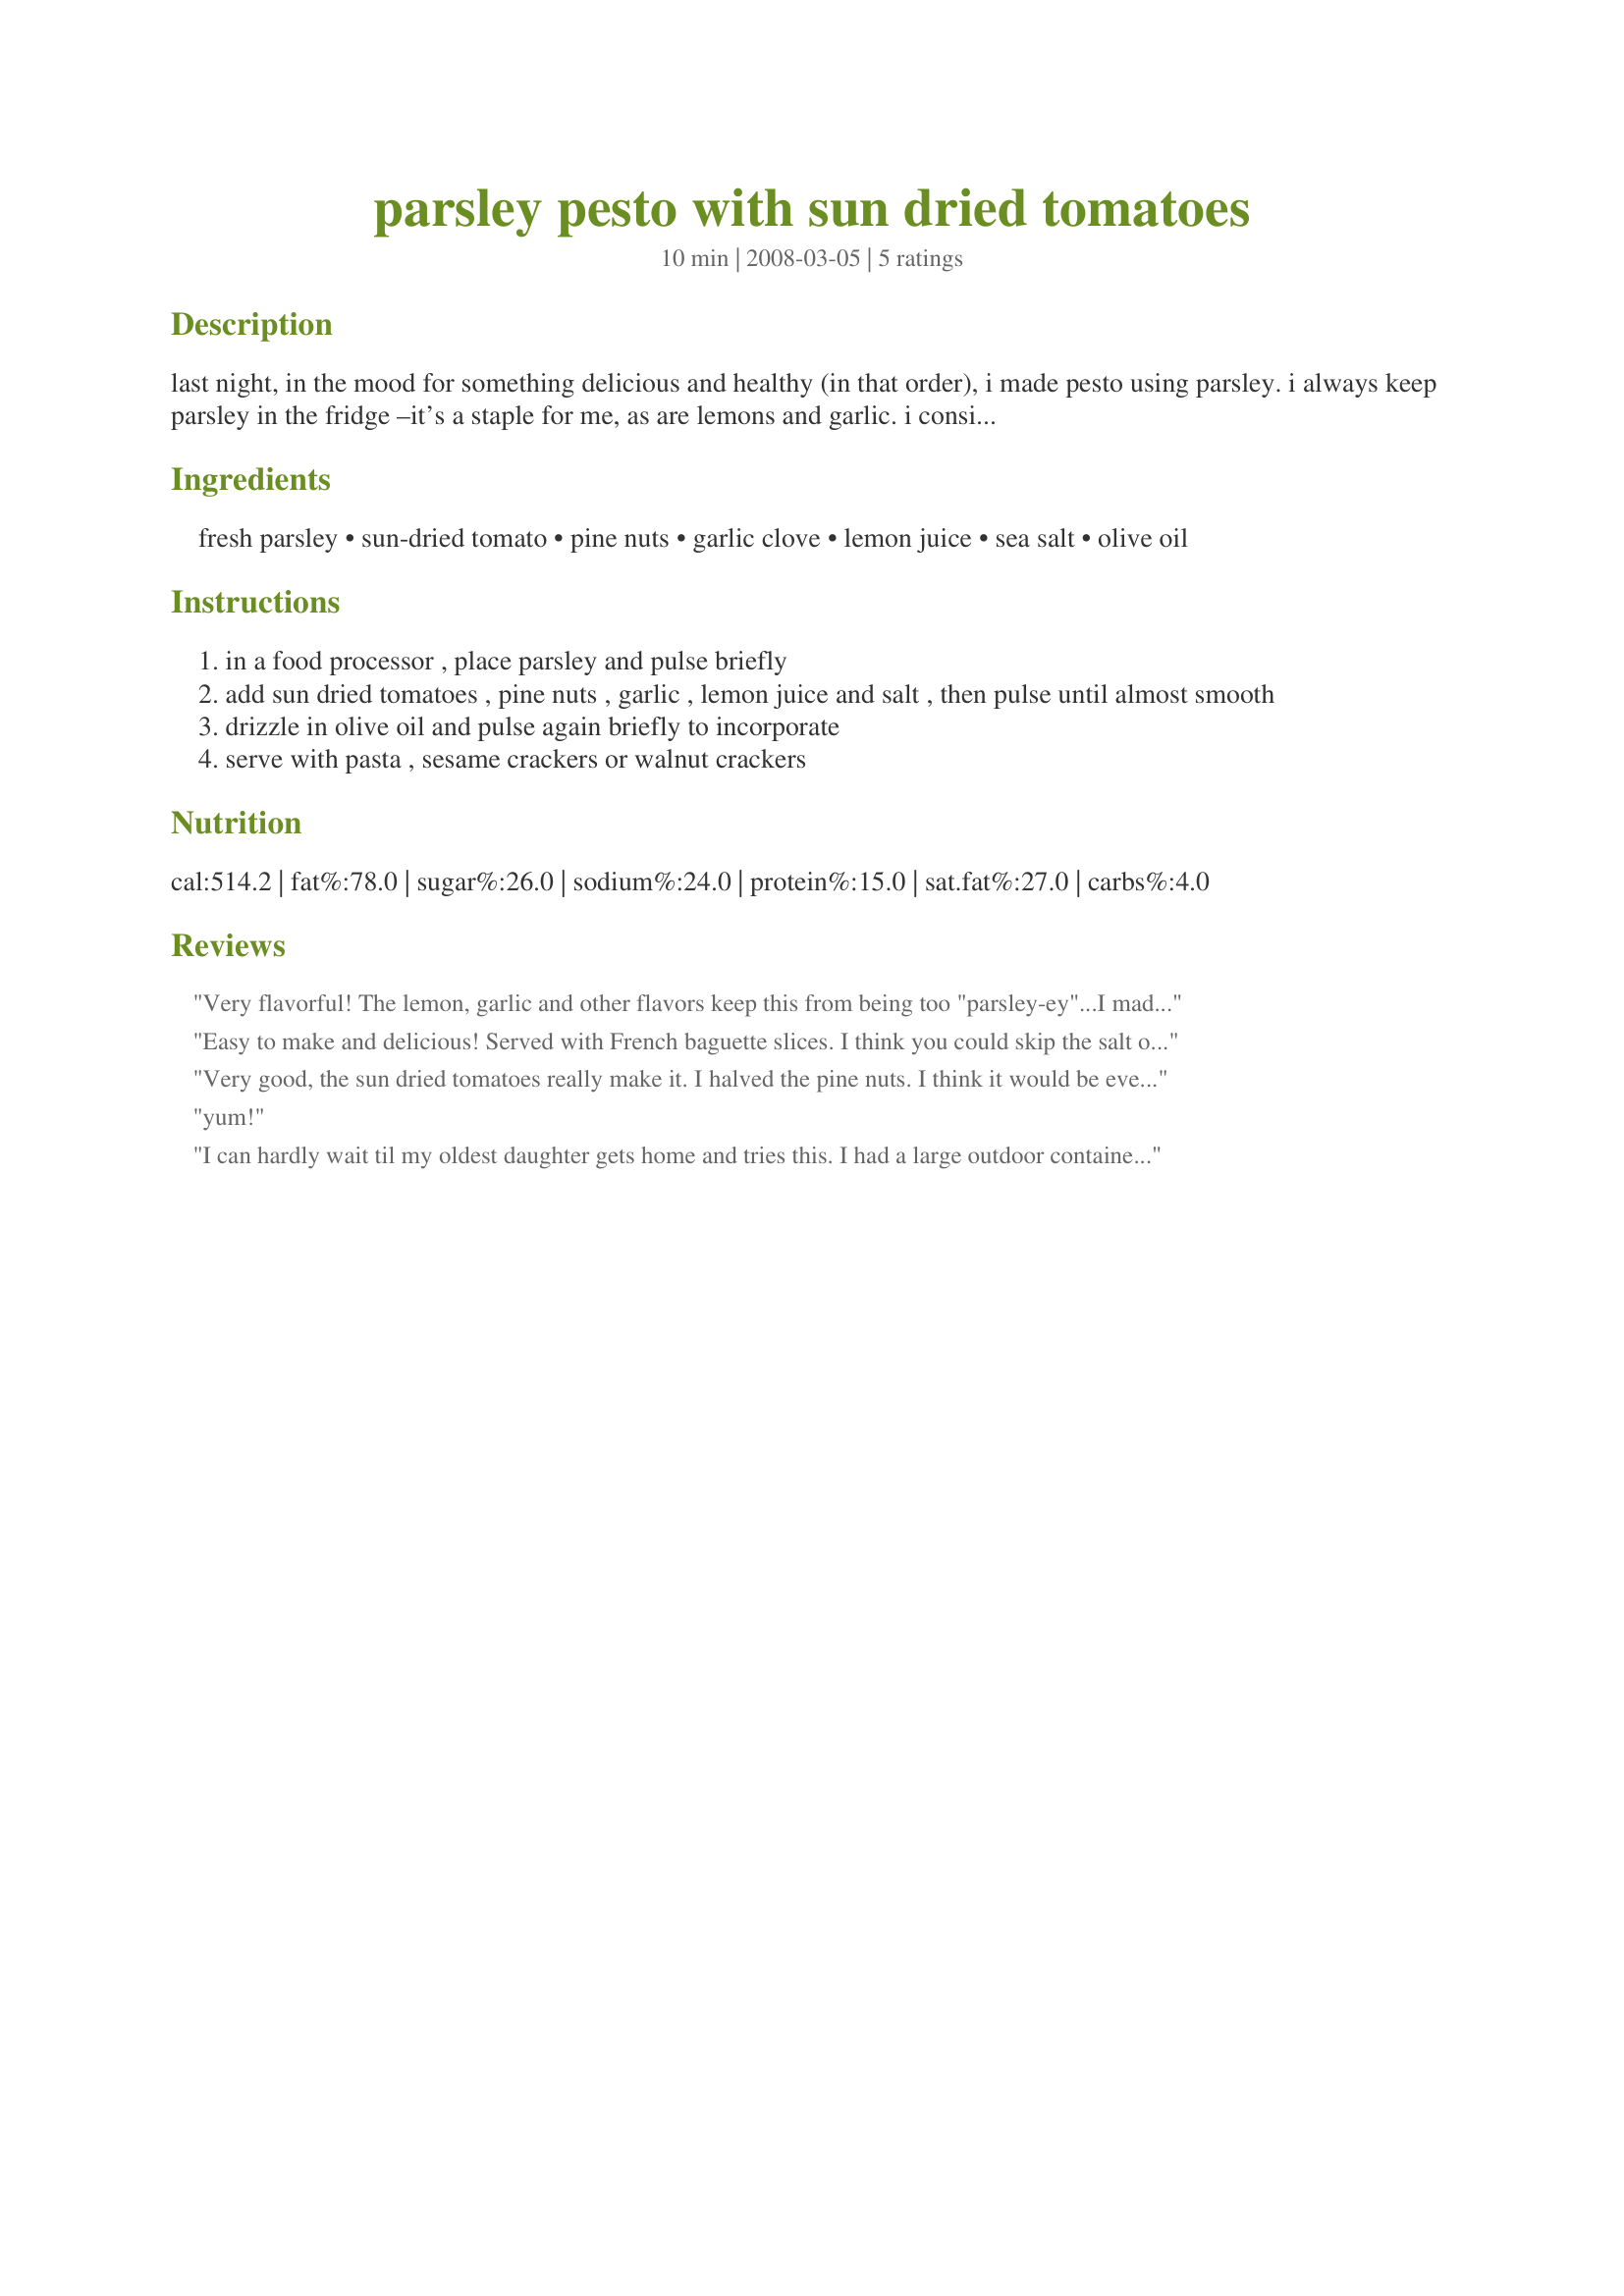
parsley pesto with sun dried tomatoes
Preparation time: 10 minutes

last night, in the mood for something delicious and healthy (in that order), i made pesto using parsley. i always keep parsley in the fridge –it’s a staple for me, as are lemons and garlic. i consider these types of ingredients the building blocks of good food; hence, keeping these items in my kitchen is a must!

top your favorite high-protein, gluten-free pasta with this power packed parsley pesto –parsley is considered a superfood– and you have a dish that not only tastes good, it’s good for you too! enjoy.

Ingredients:
fresh parsley, sun-dried tomato, pine nuts, garlic clove, lemon juice, sea salt, olive oil

Steps:
in a food processor , place parsley and pulse briefly
add sun dried tomatoes , pine nuts , garlic , lemon juice and salt , then pulse until almost smooth
drizzle in olive oil and pulse again briefly to incorporate
serve with pasta , sesame crackers or walnut crackers

Reviews:
Very flavorful! The lemon, garlic and other flavors keep this from being too "parsley-ey"...I made a pizza with this as the base plus goat cheese, mozarella, parmesan. Delicious without any meat or other toppings! Parsley is the new basil!
Easy to make and delicious! Served with French baguette slices. I think you could skip the salt or the lemon in this but not both-either one or the other. Italian aka flat leaf parsley is best for this recipe. Made for Best of 2012.
Very good, the sun dried tomatoes really make it. I halved the pine nuts. I think it would be even better with double the parsley next time.
yum!
I can hardly wait til my oldest daughter gets home and tries this. I had a large outdoor container of parsley to clean up before the frost got it and in the freezer we had sun-dried yellow grape tomatoes #14681. Very delish and will be a repeat each harvest year. Just wanted to add that I had 4 cups parsley loosely measured in a cup then chopped it which became 2 cups so I just doubled the recipe. I always wonder about the measurement of some foods based on the order of the wording - 1 cup chopped parsley......1 cup parsley chopped // it definitetly effects the measurement???? UPDATED TO ADD THE STARS THIS RECIPE DESERVES!
